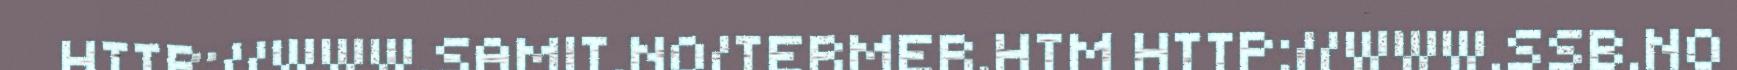
HTTP://WWW.SAMIT.NO/TERMER.HTM HTTP://WWW.SSB.NO